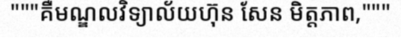
"""គឺមណ្ឌលវិទ្យាល័យហ៊ុន សែន មិត្តភាព,"""